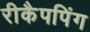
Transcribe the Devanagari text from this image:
रीकैपपिंग